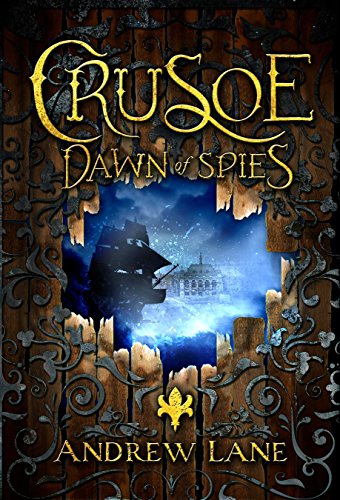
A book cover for Crusoe: Dawn of Spies (The Crusoe Trilogy); Andrew Lane; Teen & Young Adult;